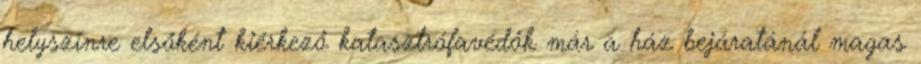
helyszínre elsőként kiérkező katasztrófavédők már a ház bejáratánál magas